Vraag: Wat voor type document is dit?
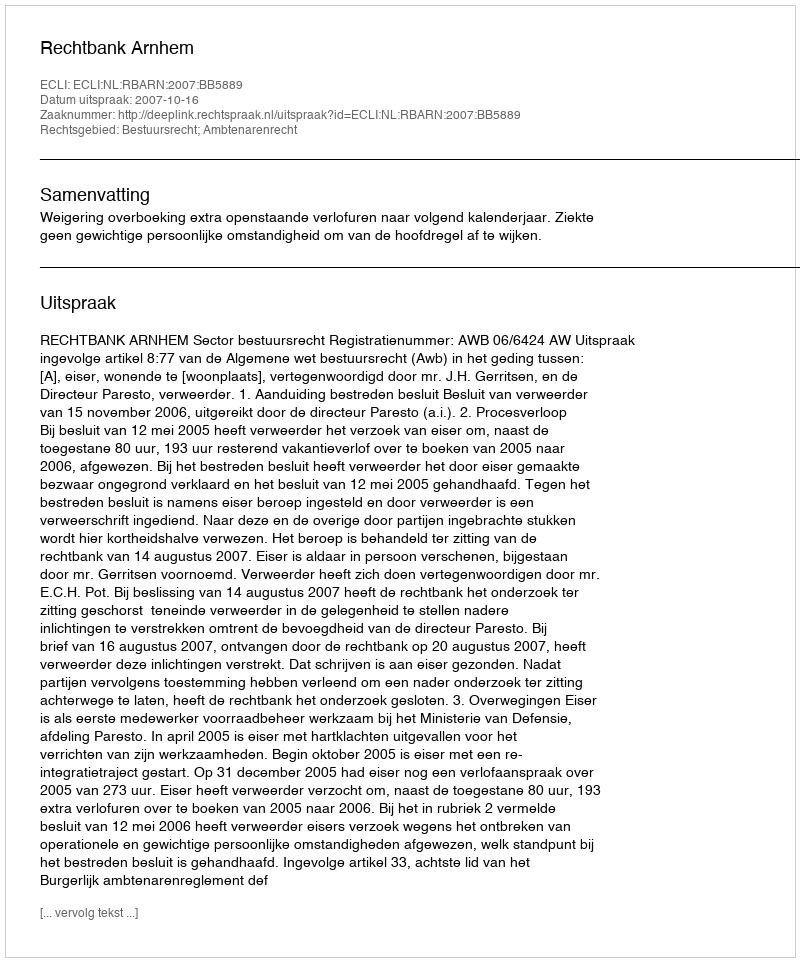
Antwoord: Uitspraak